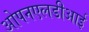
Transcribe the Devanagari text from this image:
ओपनएलडीआई